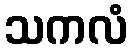
သကလံ